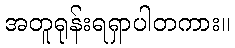
အတူရုန်းရရှာပါတကား။